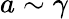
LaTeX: a\sim\gamma